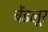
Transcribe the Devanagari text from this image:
चेंडलूर